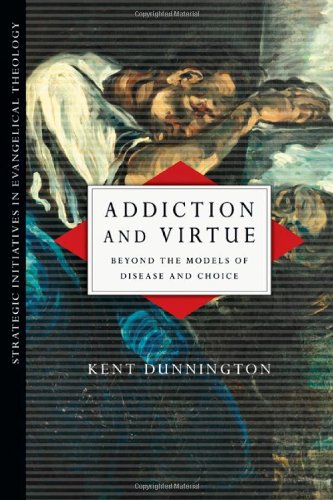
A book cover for Addiction and Virtue: Beyond the Models of Disease and Choice (Strategic Initiatives in Evangelical Theology); Kent Dunnington; Religion & Spirituality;